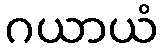
ဂယာယံ